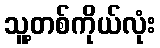
သူ့တစ်ကိုယ်လုံး